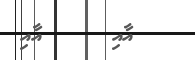
އާއި     އާއި